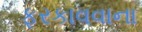
ફરકાવવાના